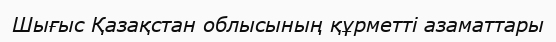
Шығыс Қазақстан облысының құрметті азаматтары